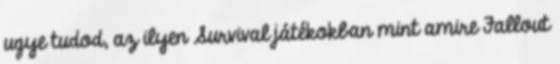
ugye tudod, az ilyen Survival játékokban mint amire Fallout